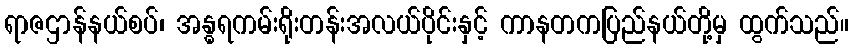
ရာဇဌာန်နယ်စပ်၊ အန္ဓရကမ်းရိုးတန်းအလယ်ပိုင်းနှင့် ကာနတကပြည်နယ်တို့မှ ထွက်သည်။